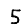
Digit: 5